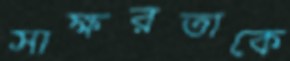
সাক্ষরতাকে